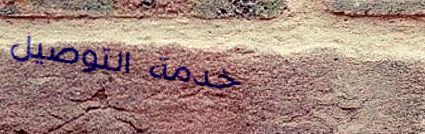
خدمة التوصيل